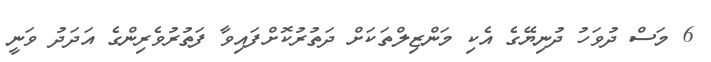
6 މަސް ދުވަހު ދުނިޔޭގެ އެކި މަންޒިލްތަކަށް ދަތުރުކޮށްފައިވާ ފަތުރުވެރިންގެ އަދަދު ވަނީ